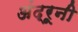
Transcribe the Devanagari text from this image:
अंद्रूनी